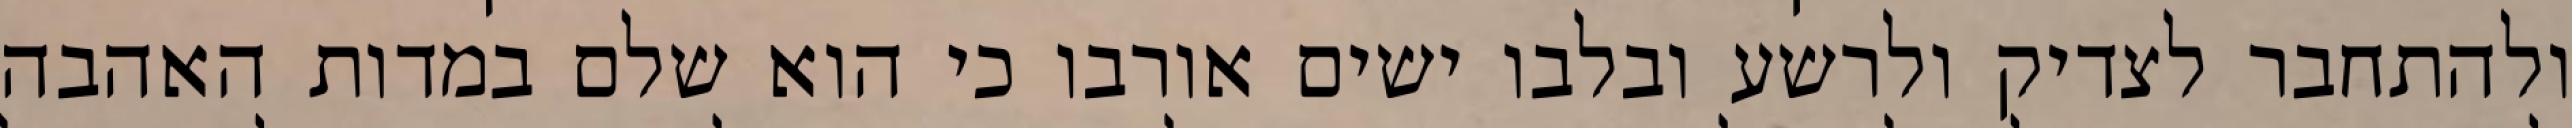
ולהתחבר לצדיק ולרשע ובלבו ישים אורבו כי הוא שלם במדות האהבה